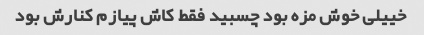
خییلی خوش مزه بود چسبید فقط کاش پیازم کنارش بود